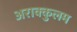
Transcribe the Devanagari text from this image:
अराक्कुलम